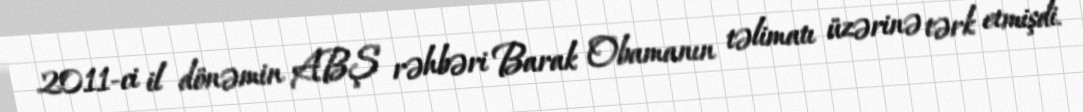
2011-ci il dönəmin ABŞ rəhbəri Barak Obamanın təlimatı üzərinə tərk etmişdi.